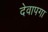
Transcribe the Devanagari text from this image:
देवापगा